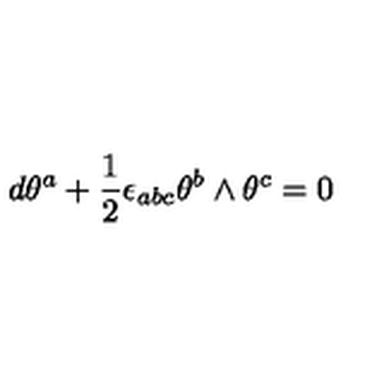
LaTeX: d \theta ^ { a } + { \frac { 1 } { 2 } } \epsilon _ { a b c } \theta ^ { b } \wedge \theta ^ { c } = 0